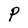
Character: P